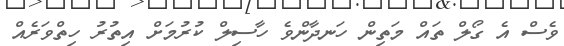
ވެސް އެ ގޯލް ތައް މަތިން ހަނދާންވެ ހާސިލް ކުރުމަށް އިތުރު ހިތްވަރެއް